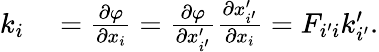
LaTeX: \begin{array}{rl}{k_{i}}&{{}=\frac{\partial\varphi}{\partial x_{i}}=\frac{\partial\varphi}{\partial x_{i^{\prime}}^{\prime}}\frac{\partial x_{i^{\prime}}^{\prime}}{\partial x_{i}}=F_{i^{\prime}i}k_{i^{\prime}}^{\prime}.}\end{array}